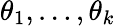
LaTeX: \theta_{1},\ldots,\theta_{k}